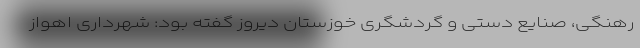
رهنگی، صنایع دستی و گردشگری خوزستان دیروز گفته بود: شهرداری اهواز